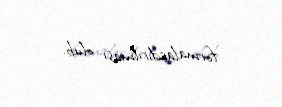
formalaşdırılması olub.